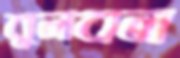
বুলবল